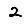
Digit: 2